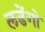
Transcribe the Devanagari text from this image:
लडेंगो